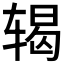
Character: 𬨍